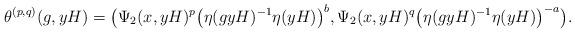
LaTeX: \begin{align*} \theta^{(p,q)}(g,yH)= \big(\Psi_2(x,yH)^p \big(\eta(gyH)^{-1}\eta(yH)\big)^b, \Psi_2 (x,yH)^q\big(\eta(gyH)^{-1}\eta(yH)\big)^{-a}\big). \end{align*}